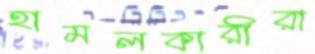
হামলকারীরা